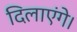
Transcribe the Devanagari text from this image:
दिलाएंगे।